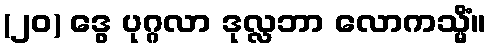
(၂၀) ဒွေ ပုဂ္ဂလာ ဒုလ္လဘာ လောကသ္မိံ။